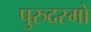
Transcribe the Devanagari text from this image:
पुरुदस्मो